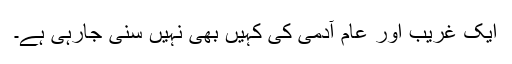
ایک غریب اور عام آدمی کی کہیں بھی نہیں سنی جارہی ہے۔